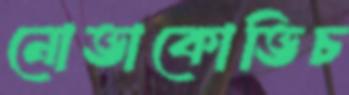
নোভাকোভিচ